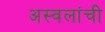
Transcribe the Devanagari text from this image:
अस्वलांची